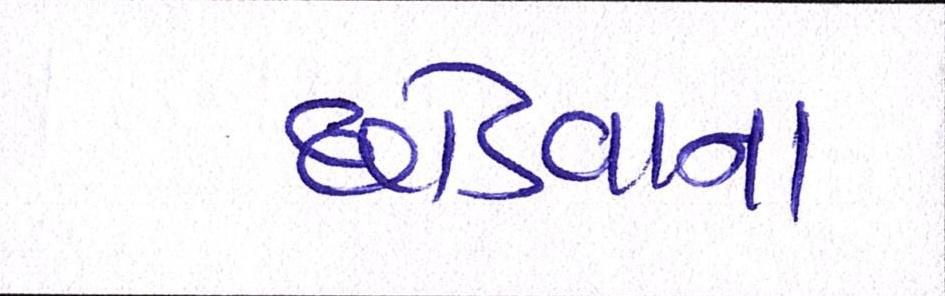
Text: છોડવાના